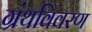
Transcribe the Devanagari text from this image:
ग्रंथविवरण